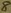
Text: 8